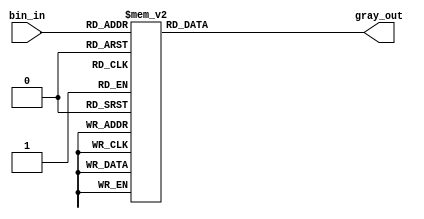
// This program was cloned from: https://github.com/chipsalliance/aib-phy-hardware
// License: Apache License 2.0

// SPDX-License-Identifier: Apache-2.0
// Copyright (C) 2019 Intel Corporation. 
module altr_hps_bin2gray (
	 bin_in,
	 gray_out
);

input  [2:0] bin_in;
output [2:0] gray_out;
reg    [2:0] gray_out;

always @(*) 
begin  // 3 bit gray code 
	 case(bin_in)
		  3'b000 : gray_out = 3'b000; 
		  3'b001 : gray_out = 3'b001; 
		  3'b010 : gray_out = 3'b011; 
		  3'b011 : gray_out = 3'b010; 
		  3'b100 : gray_out = 3'b110; 
		  3'b101 : gray_out = 3'b111; 
		  3'b110 : gray_out = 3'b101; 
		  3'b111 : gray_out = 3'b100; 
		  default: gray_out = 3'b000;
	 endcase
end

endmodule